Annual administration report of the Civil Veterinary Department of India - 1894-1895
Year: 1894
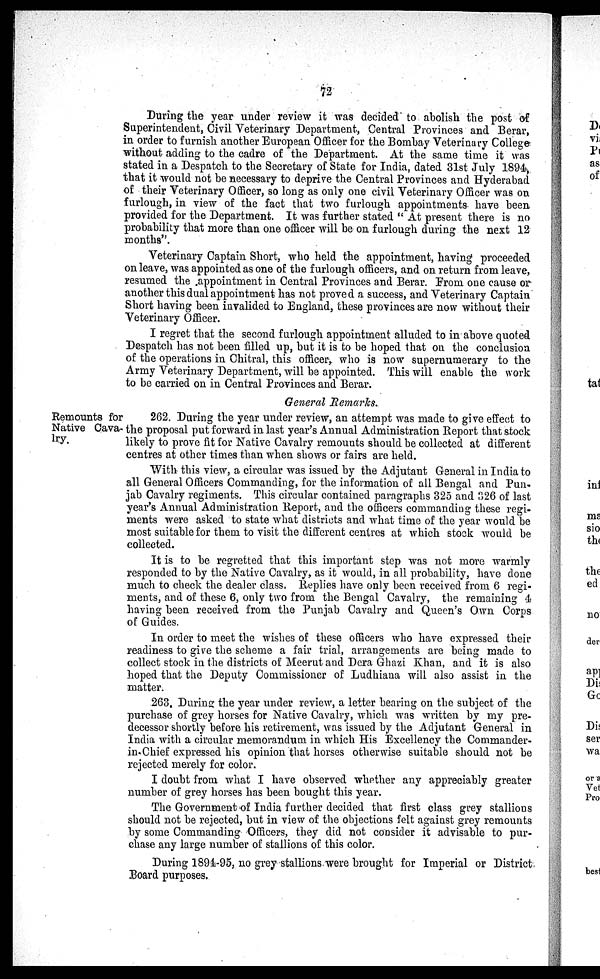
72
During the year under review it was decided to abolish the post of
Superintendent, Civil Veterinary Department, Central Provinces and Berar,
in order to furnish another European Officer for the Bombay Veterinary College
without adding to the cadre of the Department. At the same time it was
stated in a Despatch to the Secretary of State for India, dated 31st July 1894,
that it would not be necessary to deprive the Central Provinces and Hyderabad
of their Veterinary Officer, so long as only one civil Veterinary Officer was on
furlough, in view of the fact that two furlough appointments have been
provided for the Department. It was further stated " At present there is no
probability that more than one officer will be on furlough during the next 12
months".
Veterinary Captain Short, who held the appointment, having proceeded
on leave, was appointed as one of the furlough officers, and on return from leave,
resumed the appointment in Central Provinces and Berar. From one cause or
another this dual appointment has not proved a success, and Veterinary Captain
Short having been invalided to England, these provinces are now without their
Veterinary Officer.
I regret that the second furlough appointment alluded to in above quoted
Despatch has not been filled up, but it is to be hoped that on the conclusion
of the operations in Chitral, this officer, who is now supernumerary to the
Army Veterinary Department, will be appointed. This will enable the work
to be carried on in Central Provinces and Berar.
General Remarks.
Remounts for
Native Cava-
lry.
262. During the year under review, an attempt was made to give effect to
the proposal put forward in last year's Annual Administration Report that stock
likely to prove fit for Native Cavalry remounts should be collected at different
centres at other times than when shows or fairs are held.
With this view, a circular was issued by the Adjutant General in India to
all General Officers Commanding, for the information of all Bengal and Pun-
jab Cavalry regiments. This circular contained paragraphs 325 and 326 of last
year's Annual Administration Report, and the officers commanding these regi-
ments were asked to state what districts and what time of the year would be
most suitable for them to visit the different centres at which stock would be
collected.
It is to be regretted that this important step was not more warmly
responded to by the Native Cavalry, as it would, in all probability, have done
much to check the dealer class. Replies have only been received from 6 regi-
ments, and of these 6, only two from the Bengal Cavalry, the remaining 4
having been received from the Punjab Cavalry and Queen's Own Corps
of Guides.
In order to meet the wishes of these officers who have expressed their
readiness to give the scheme a fair trial, arrangements are being made to
collect stock in the districts of Meerut and Dera Ghazi Khan, and it is also
hoped that the Deputy Commissioner of Ludhiana will also assist in the
matter.
263. During the year under review, a letter bearing on the subject of the
purchase of grey horses for Native Cavalry, which was written by my pre-
decessor shortly before his retirement, was issued by the Adjutant General in
India with a circular memorandum in which His Excellency the Commander-
in-Chief expressed his opinion that horses otherwise suitable should not be
rejected merely for color.
I doubt from what I have observed whether any appreciably greater
number of grey horses has been bought this year.
The Government of India further decided that first class grey stallions
should not be rejected, but in view of the objections felt against grey remounts
by some Commanding Officers, they did not consider it advisable to pur-
chase any large number of stallions of this color.
During 1894-95, no grey stallions were brought for Imperial or District
Board purposes.